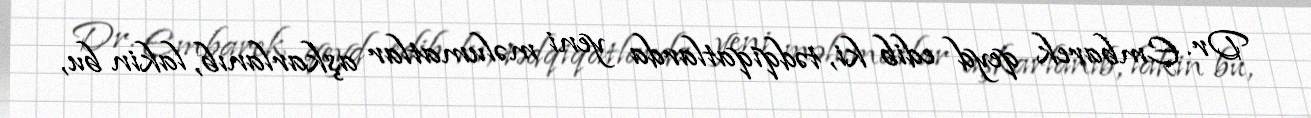
Dr. Embarek qeyd edib ki, tədqiqatlarda yeni məlumatlar aşkarlanıb, lakin bu,